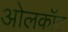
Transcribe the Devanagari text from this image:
ओलकॉट